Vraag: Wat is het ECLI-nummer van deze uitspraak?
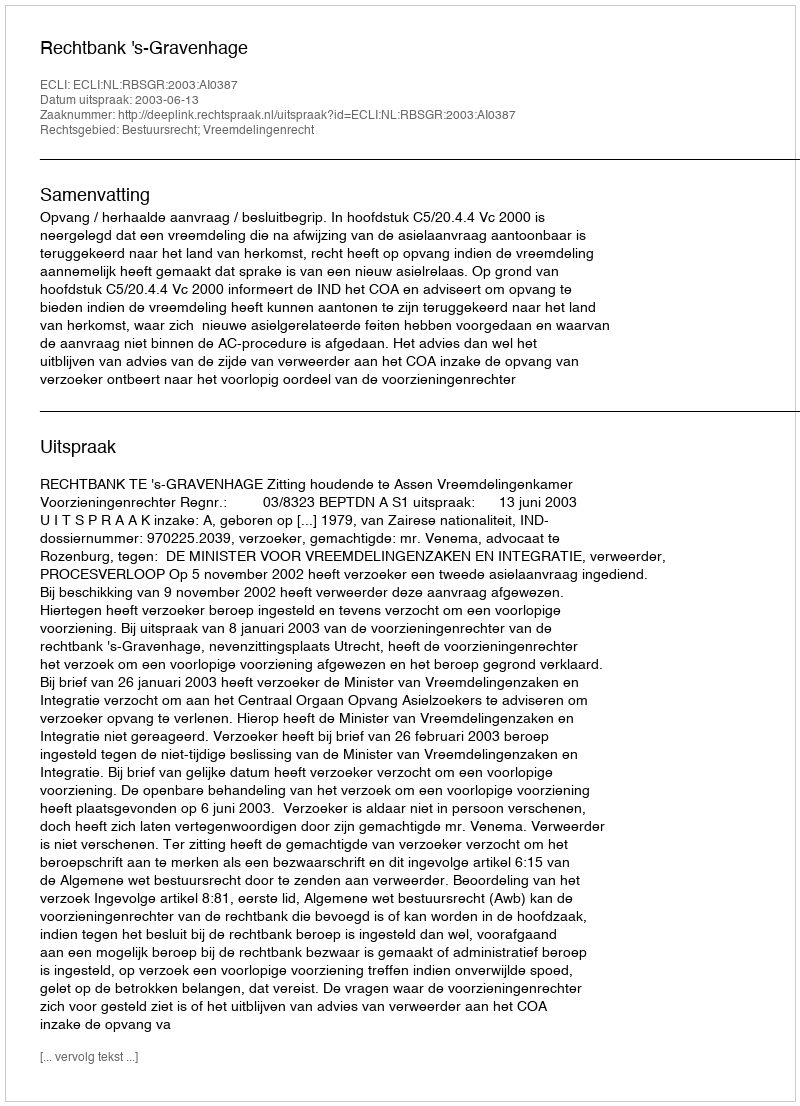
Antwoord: ECLI:NL:RBSGR:2003:AI0387